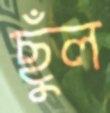
ছুঁল